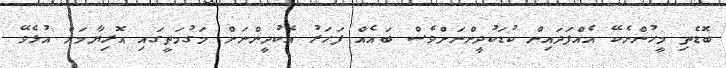
ބޮޑެތި މީހުންނެކޭ އެއްފަދައިން ކުޑަކުދީންނަށްވެސް ބައެއް ފަހަރު އެކުދީންނަށް މަގުމަތީގައި އޮރިޔާމަށް އުޅެވޭ